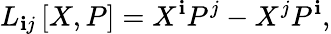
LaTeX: L_{\mathbf{i}j}\left[X,P\right]=X^{\mathbf{i}}P^{j}-X^{j}P^{\mathbf{i}},